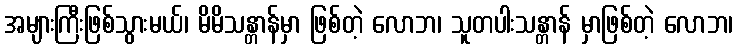
အများကြီးဖြစ်သွားမယ်၊ မိမိသန္တာန်မှာ ဖြစ်တဲ့ လောဘ၊ သူတပါးသန္တာန် မှာဖြစ်တဲ့ လောဘ၊